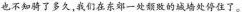
也不知骑了多久，我们在东郊一处颓败的城墙处停住了。